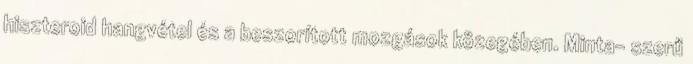
hiszteroid hangvétel és a beszorított mozgások közegében. Minta- szerű